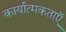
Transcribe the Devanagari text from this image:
कार्यात्मकताऍ